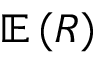
\mathbb { E } \left( R \right)